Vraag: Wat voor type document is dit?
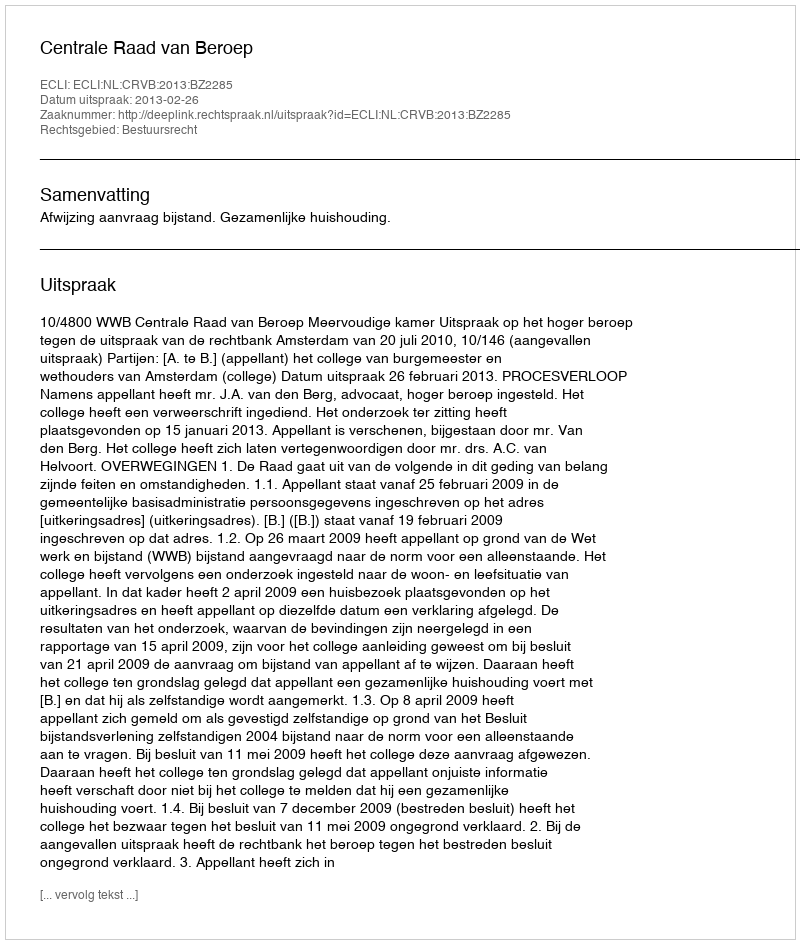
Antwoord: Uitspraak